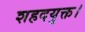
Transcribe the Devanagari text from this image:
शहदयुक्त।